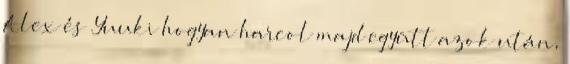
Alex és Yuuki hogyan harcol majd együtt azok után,